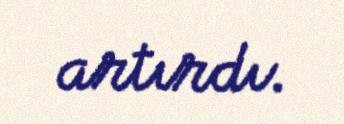
artırdı.